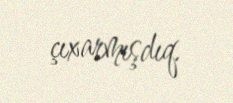
çıxarmışdıq.